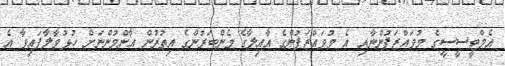
އެމްޓީސީސީގެ މުވައްޒަފުންނާއި އެ މުވައްޒަފުންގެ އާއިލާގެ މެންބަރުންގެ އިތުރުން އާންމުންނަށް ހުޅުވާލާފައިވާ އެ